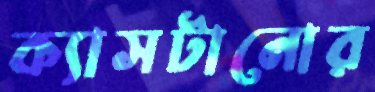
ক্যাসটানোর